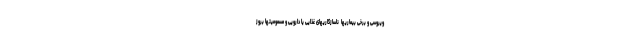
ویروسی و برخی بیماریها  ناسازگاریهای غذایی یا دارویی و مسمومیتها بروز